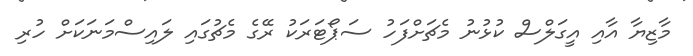
މާޒިޔާ އާއި އީގަލްސް ކުޅުނު މެޗަށްފަހު ސަޕޯޓަރަކު ރޭގެ މެޗުގައި ލައިސްމަނަކަށް ހުރި